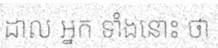
ដាល អ្នក ទាំងនោះ ថា